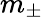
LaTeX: m_{\pm}